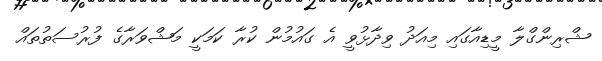
ޝްރިންގްލާ މީޑިއާގައި މިއަދު ވިދާޅުވީ އެ ގައުމުން ކުރާ ކަމަކީ މަޝްވަރާގެ ފުރުސަތުތައް